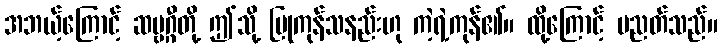
အဘယ့်ကြောင့် ဆဗ္ဗဂ္ဂီတို့ ဤသို့ ပြုကုန်သနည်းဟု ကဲ့ရဲ့ကုန်၏။ ထို့ကြောင့် ပညတ်သည်။